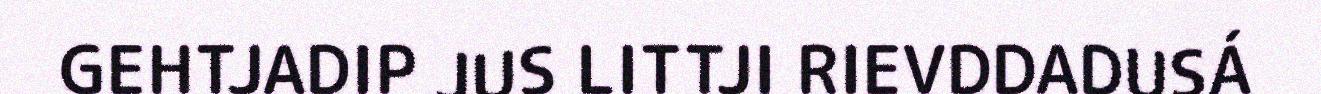
GEHTJADIP JUS LITTJI RIEVDDADUSÁ